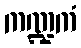
ကဏ္ဍကံ